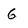
Character: 6